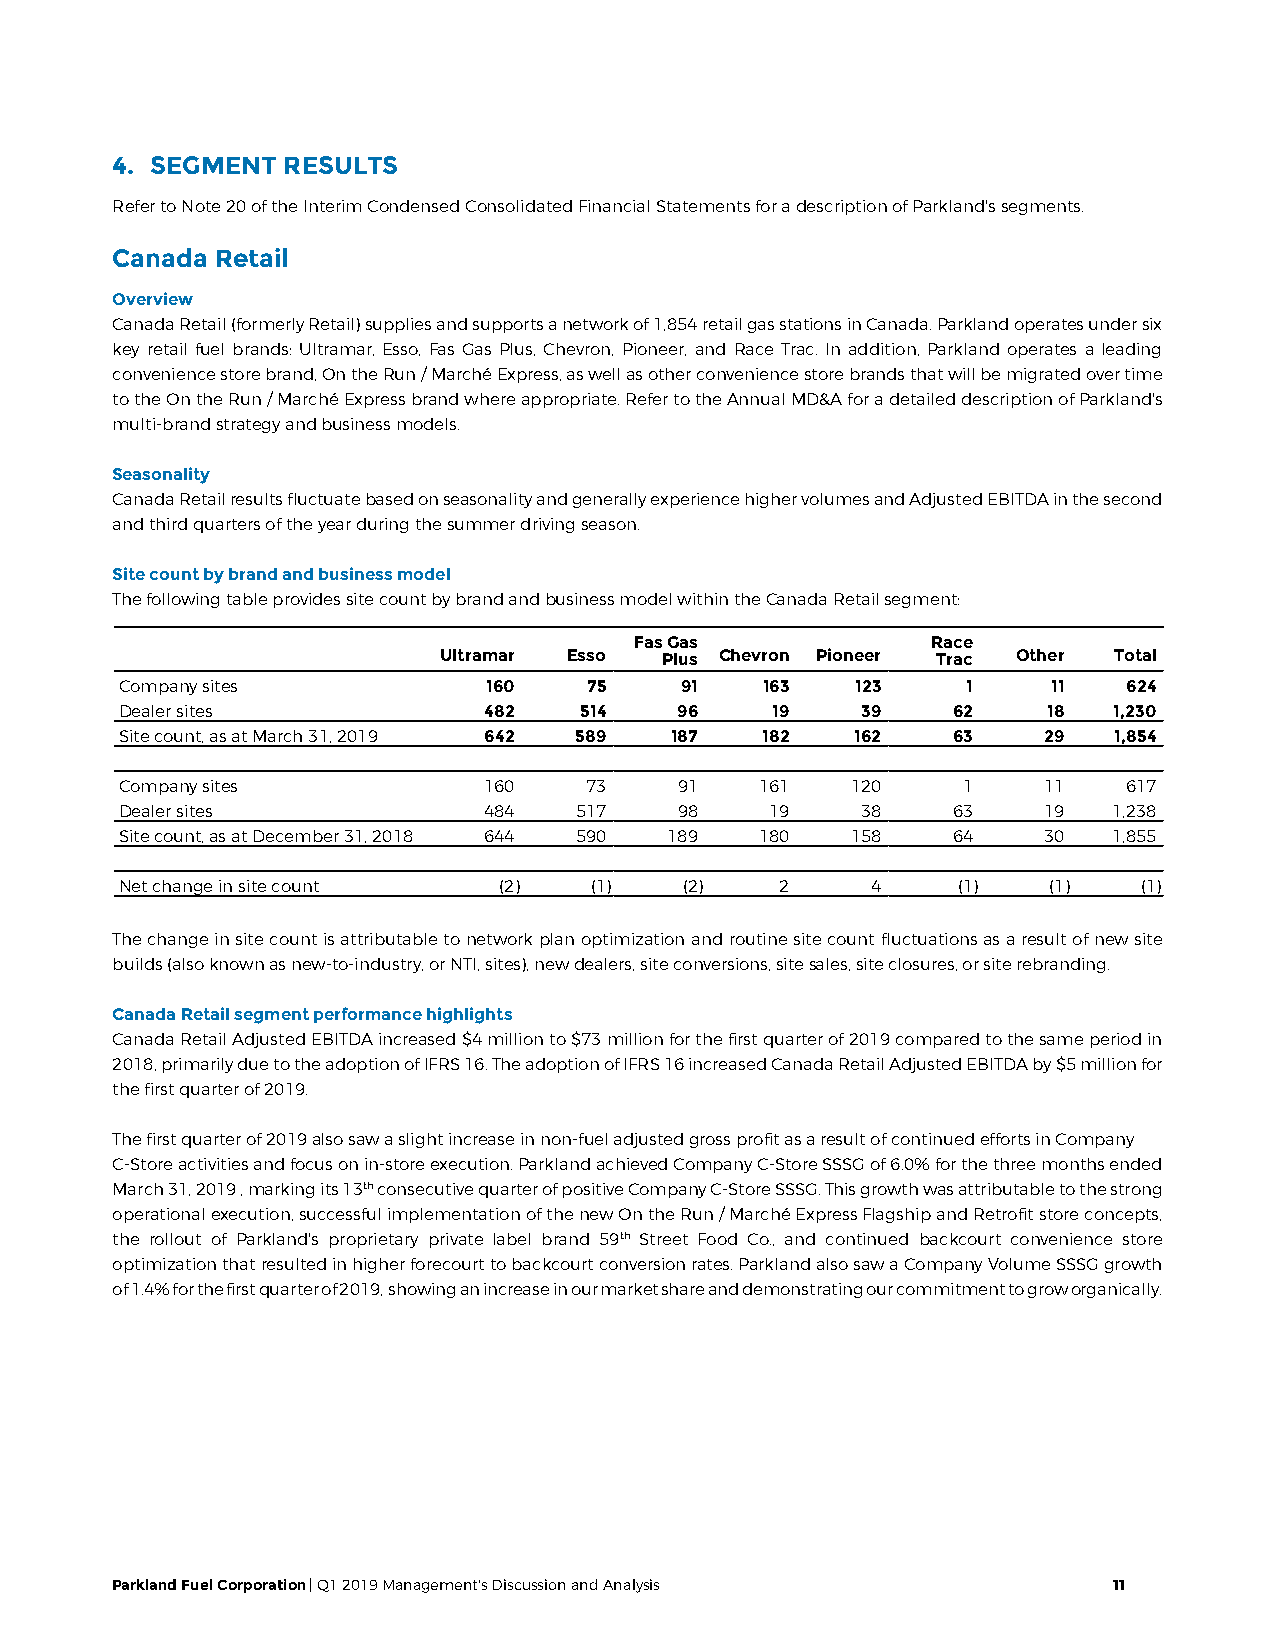
4. SEGMENT  RESULTS
 Refer to Note 20 of the Interim Condensed Consolidated Financial Statements for a description of Parkland's segments.
 Canada Retail
 Overview
 Canada Retail (formerly Retail) supplies and supports a network of 1,854 retail gas stations in Canada. Parkland operates under six
 key retail fuel brands: Ultramar, Esso, Fas Gas Plus, Chevron, Pioneer, and Race Trac. In addition, Parkland operates a leading
 convenience store brand, On the Run / Marché Express, as well as other convenience store brands that will be migrated over time
 to the On the Run / Marché Express brand where appropriate. Refer to the Annual MD&A for a detailed description of Parkland's
 multi-brand strategy and business models.
 Seasonality
 Canada Retail results fluctuate based on seasonality and generally experience higher volumes and Adjusted EBITDA in the second
 and third quarters of the year during the summer driving season.
 Site count by brand and business model
 The following table provides site count by brand and business model within the Canada Retail segment:
 Fas Gas             Race
 Ultramar Esso  Plus Chevron Pioneer Trac Other Total
 Company sites           160    75    91   163    123    1     11   624
 Dealer sites            482   514    96    19    39    62    18   1,230
 Site count, as at March 31, 2019 642 589 187 182 162   63    29   1,854
 Company sites           160    73    91   161   120     1    11    617
 Dealer sites            484   517    98    19    38    63    19   1,238
 Site count, as at December 31, 2018 644 590 189 180 158 64   30   1,855
 Net change in site count (2)   (1)   (2)    2     4    (1)   (1)    (1)
 The change in site count is attributable to network plan optimization and routine site count fluctuations as a result of new site
 builds (also known as new-to-industry, or NTI, sites), new dealers, site conversions, site sales, site closures, or site rebranding.
 Canada Retail segment performance highlights
 Canada Retail Adjusted EBITDA increased $4 million to $73 million for the first quarter of 2019 compared to the same period in
 2018, primarily due to the adoption of IFRS 16. The adoption of IFRS 16 increased Canada Retail Adjusted EBITDA by $5 million for
 the first quarter of 2019.
 The first quarter of 2019 also saw a slight increase in non-fuel adjusted gross profit as a result of continued efforts in Company
 C-Store activities and focus on in-store execution. Parkland achieved Company C-Store SSSG of 6.0% for the three months ended
 March 31, 2019 , marking its 13th consecutive quarter of positive Company C-Store SSSG. This growth was attributable to the strong
 operational execution, successful implementation of the new On the Run / Marché Express Flagship and Retrofit store concepts,
 the rollout of Parkland's proprietary private label brand 59th Street Food Co., and continued backcourt convenience store
 optimization that resulted in higher forecourt to backcourt conversion rates. Parkland also saw a Company Volume SSSG growth
 of 1.4% for the first quarter of 2019, showing an increase in our market share and demonstrating our commitment to grow organically.
 Parkland Fuel Corporation | Q1 2019 Management's Discussion and Analysis 11